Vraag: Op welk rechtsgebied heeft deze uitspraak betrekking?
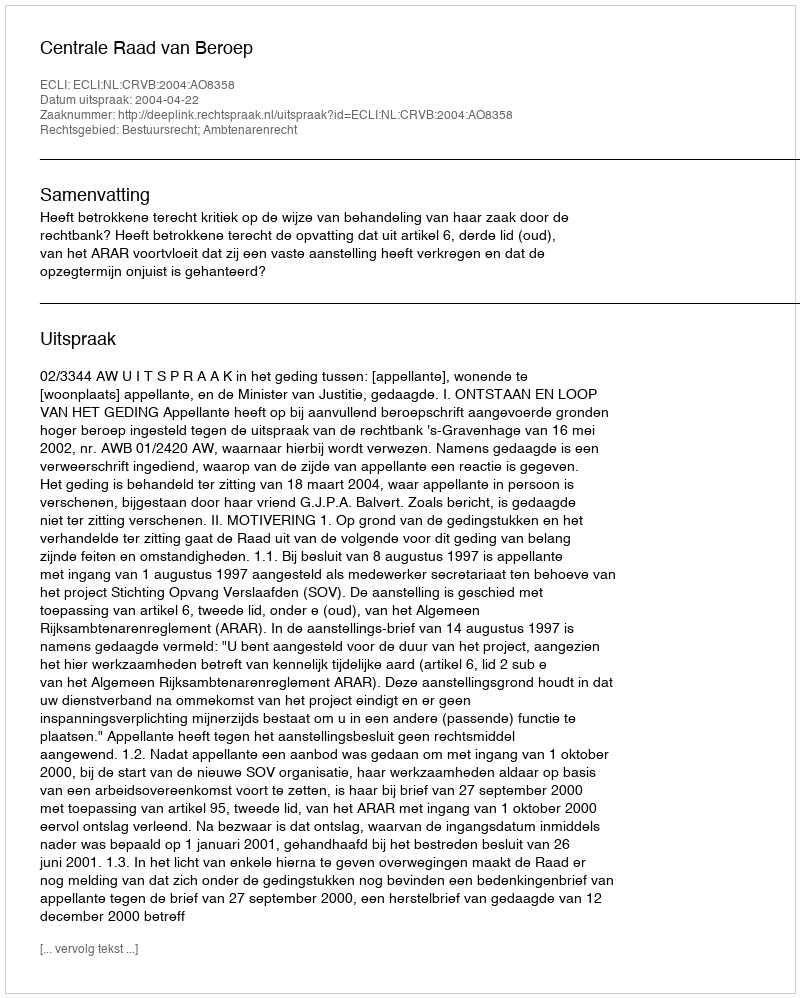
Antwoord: Bestuursrecht; Ambtenarenrecht